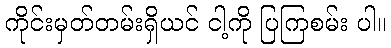
ကိုင်းမှတ်တမ်းရှိယင် ငါ့ကို ပြကြစမ်း ပါ။